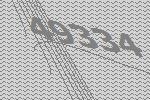
49334